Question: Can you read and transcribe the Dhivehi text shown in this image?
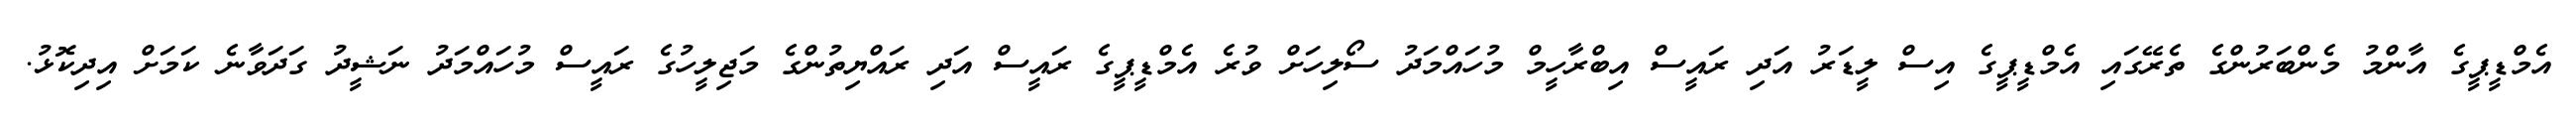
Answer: އެމްޑީޕީގެ އާންމު މެންބަރުންގެ ތެރޭގައި އެމްޑީޕީގެ އިސް ލީޑަރު އަދި ރައީސް އިބްރާހީމް މުހައްމަދު ސޯލިހަށް ވުރެ އެމްޑީޕީގެ ރައީސް އަދި ރައްޔިތުންގެ މަޖިލީހުގެ ރައީސް މުހައްމަދު ނަޝީދު ގަދަވާނެ ކަމަށް އިދިކޮޅު.